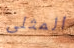
المثلى